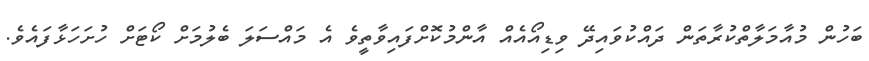
ބަހުން މުއާމަލާތްކުރާތަން ދައްކުވައިދޭ ވިޑިއޯއެއް އާންމުކޮށްފައިވާތީވެ އެ މައްސަލަ ބެލުމަށް ކޯޓަށް ހުށަހަޅާފައެވެ.